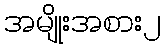
အမျိုးအစား၂